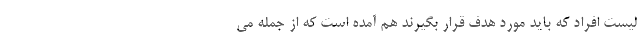
لیست افراد که باید مورد هدف قرار بگیرند هم آمده است که از جمله می